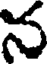
న